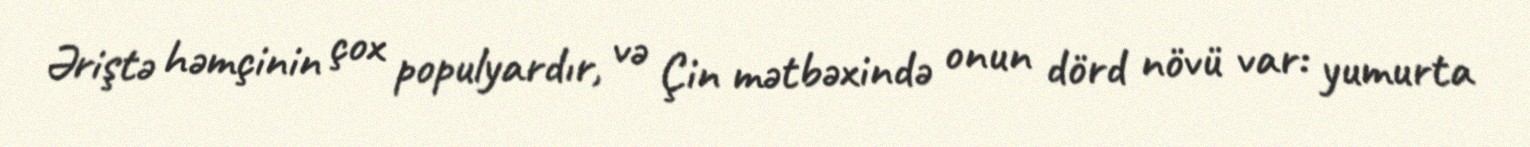
Əriştə həmçinin çox populyardır, və Çin mətbəxində onun dörd növü var: yumurta